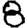
Digit: 8